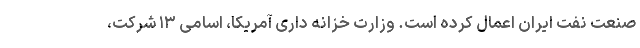
صنعت نفت ایران اعمال کرده است. وزارت خزانه داری آمریکا، اسامی ۱۳ شرکت،